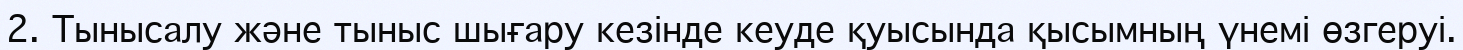
2. Тынысалу және тыныс шығару кезінде кеуде қуысында қысымның үнемі өзгеруі.